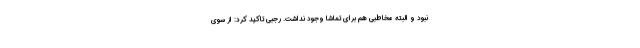
نبود و البته مخاطبی هم برای تماشا وجود نداشت. رجبی تاکید کرد: از سوی